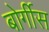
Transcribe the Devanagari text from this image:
बोर्गीस